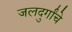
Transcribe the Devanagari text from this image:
जलदुर्गांचे